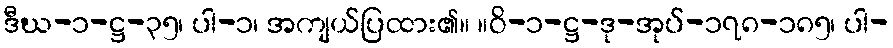
ဒီဃ-၁-ဋ္ဌ-၃၅၊ ပါ-၁၊ အကျယ်ပြထား၏။ ။ဝိ-၁-ဋ္ဌ-ဒု-အုပ်-၁၇၈-၁၈၅၊ ပါ-